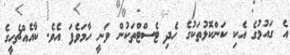
އެ ގައުމުގެ އެކި ކަންކޮޅުތަކުގެ ހެދި ޓެސްޓްތަކުން ވަނީ ހާމަވެފަ އެވެ. ކާއެއްޗެހީގެ